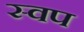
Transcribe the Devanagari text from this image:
स्वप